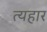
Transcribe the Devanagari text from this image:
त्यहार